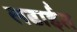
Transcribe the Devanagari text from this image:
लढाईंत